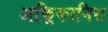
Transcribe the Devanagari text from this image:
अफ़्रिकानिस